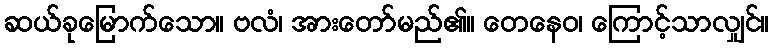
ဆယ်ခုမြောက်သော။ ဗလံ၊ အားတော်မည်၏။ တေနေဝ၊ ကြောင့်သာလျှင်။